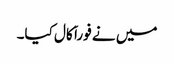
میں نے فوراَ َ کال کیا۔